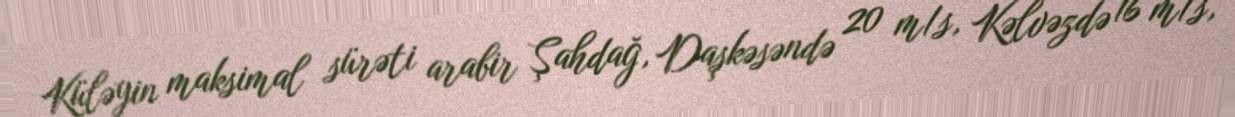
Küləyin maksimal sürəti arabir Şahdağ, Daşkəsəndə 20 m/s, Kəlvəzdə 16 m/s,